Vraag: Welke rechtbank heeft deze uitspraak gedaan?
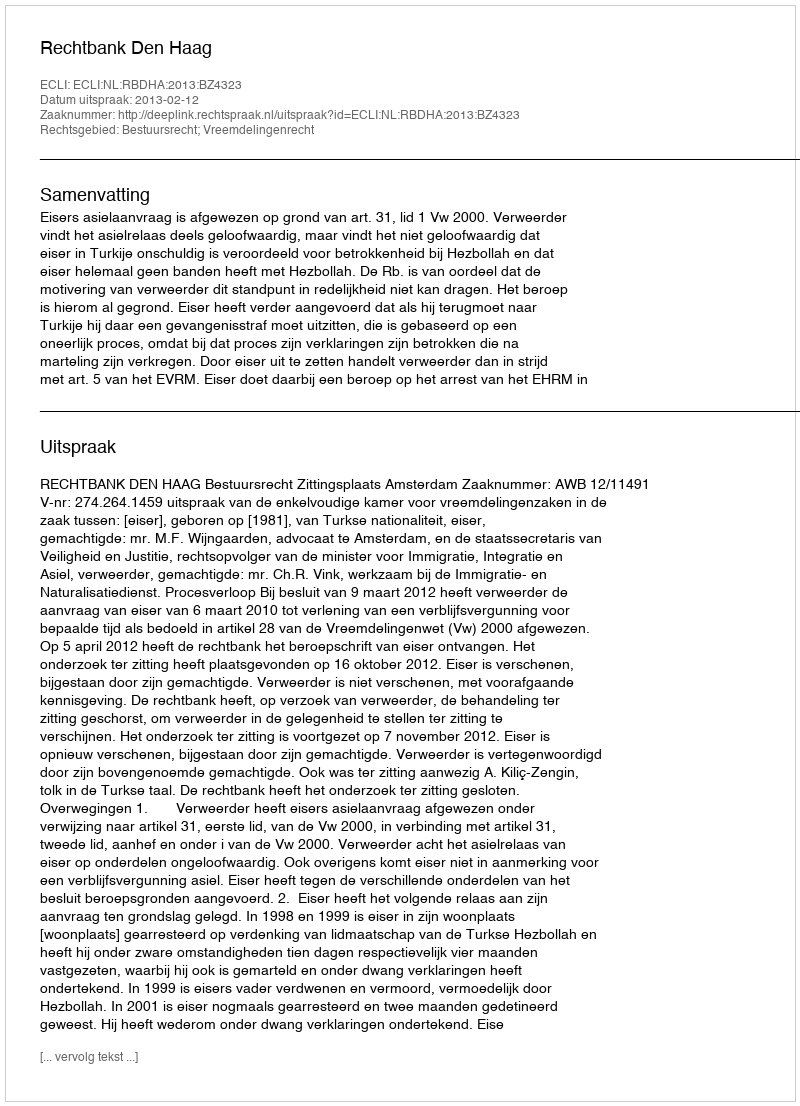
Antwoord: Rechtbank Den Haag